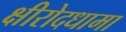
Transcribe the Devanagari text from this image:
क्षीरोदधामा